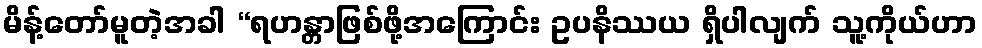
မိန့်တော်မူတဲ့အခါ “ရဟန္တာဖြစ်ဖို့အကြောင်း ဥပနိဿယ ရှိပါလျက် သူ့ကိုယ်ဟာ